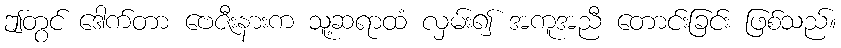
ဤတွင် ဒေါက်တာ ဗေဇီးနားက သူ့ဆရာထံ လှမ်း၍ အကူအညီ တောင်းခြင်း ဖြစ်သည်။